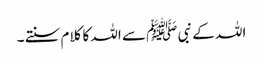
اللہ کے نبی ﷺ سے اللہ کا کلام سنتے ۔